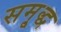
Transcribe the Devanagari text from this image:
समृ्द्ध